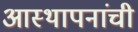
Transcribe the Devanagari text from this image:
आस्थापनांची